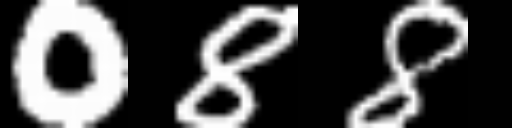
Text: 088